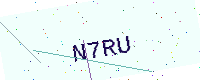
Text: N7RU